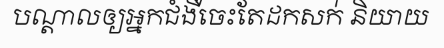
បណ្តាលឲ្យអ្នកជំងឺចេះតែដកសក់ និយាយ